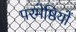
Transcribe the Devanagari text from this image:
परमेष्ठियों